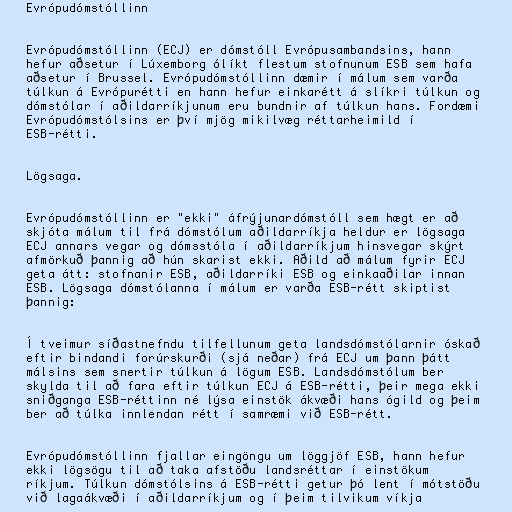
Evrópudómstóllinn

Evrópudómstóllinn (ECJ) er dómstóll Evrópusambandsins, hann
hefur aðsetur í Lúxemborg ólíkt flestum stofnunum ESB sem hafa
aðsetur í Brussel. Evrópudómstóllinn dæmir í málum sem varða
túlkun á Evrópurétti en hann hefur einkarétt á slíkri túlkun og
dómstólar í aðildarríkjunum eru bundnir af túlkun hans. Fordæmi
Evrópudómstólsins er því mjög mikilvæg réttarheimild í
ESB-rétti.

Lögsaga.

Evrópudómstóllinn er "ekki" áfrýjunardómstóll sem hægt er að
skjóta málum til frá dómstólum aðildarríkja heldur er lögsaga
ECJ annars vegar og dómsstóla í aðildarríkjum hinsvegar skýrt
afmörkuð þannig að hún skarist ekki. Aðild að málum fyrir ECJ
geta átt: stofnanir ESB, aðildarríki ESB og einkaaðilar innan
ESB. Lögsaga dómstólanna í málum er varða ESB-rétt skiptist
þannig:

Í tveimur síðastnefndu tilfellunum geta landsdómstólarnir óskað
eftir bindandi forúrskurði (sjá neðar) frá ECJ um þann þátt
málsins sem snertir túlkun á lögum ESB. Landsdómstólum ber
skylda til að fara eftir túlkun ECJ á ESB-rétti, þeir mega ekki
sniðganga ESB-réttinn né lýsa einstök ákvæði hans ógild og þeim
ber að túlka innlendan rétt í samræmi við ESB-rétt.

Evrópudómstóllinn fjallar eingöngu um löggjöf ESB, hann hefur
ekki lögsögu til að taka afstöðu landsréttar í einstökum
ríkjum. Túlkun dómstólsins á ESB-rétti getur þó lent í mótstöðu
við lagaákvæði í aðildarríkjum og í þeim tilvikum víkja